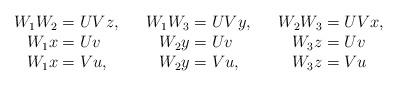
LaTeX: \begin{align*}\begin{matrix}\begin{aligned}W_{1}W_{2} & =UVz, & & & W_{1}W_{3} & =UVy, & & & W_{2}W_{3} & =UVx,\\W_{1}x & =Uv & & & W_{2}y & =Uv & & & W_{3}z & =Uv\\W_{1}x & =Vu, & & & W_{2}y & =Vu, & & & W_{3}z & =Vu\end{aligned}\end{matrix}\end{align*}